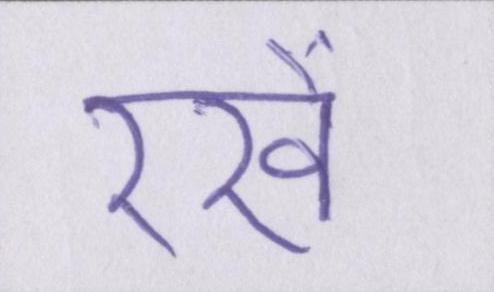
रखें